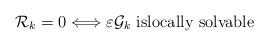
LaTeX: \begin{align*}\mathcal{R}_{k}=0\Longleftrightarrow \varepsilon \mathcal{G}_{k}\text{ islocally solvable}\end{align*}